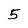
Character: 5